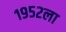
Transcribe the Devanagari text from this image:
१९५२ला